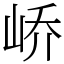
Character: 峤